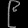
Digit: ၉